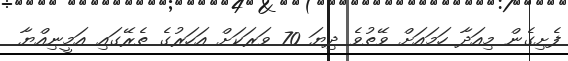
ފެށިގެން މިއަދާ ހަމައަށް ވޭތުވެ ދިޔަ 70 ވަރަކަށް އަހަރުގެ ތެރޭގައި އަމީނިއްޔާ